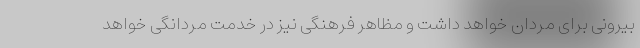
بیرونی برای مردان خواهد داشت و مظاهر فرهنگی نیز در خدمت مردانگی خواهد